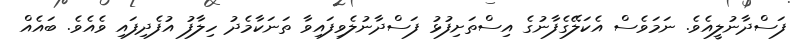
ފަސްދާނުލީއެވެ. ނަމަވެސް އެކަލޭގެފާނުގެ އިސްތަށިފުޅު ފަސްދާނުލެވިފައިވާ ތަނަކާމެދު ހިލާފު އުފެދިފައި ވެއެވެ. ބައެއް